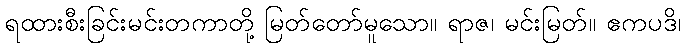
ရထားစီးခြင်းမင်းတကာတို့ မြတ်တော်မူသော။ ရာဇ၊ မင်းမြတ်။ ဧကပဒိ၊